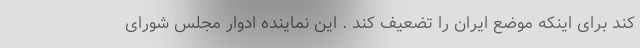
کند برای اینکه موضع ایران را تضعیف کند . این نماینده ادوار مجلس شورای